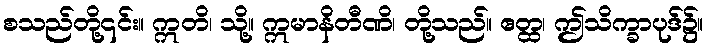
စသည်တို့၎င်း။ ဣတိ၊ သို့။ ဣမာနိတီဏိ၊ တို့သည်။ ဧတ္ထ၊ ဤသိက္ခာပုဒ်၌။